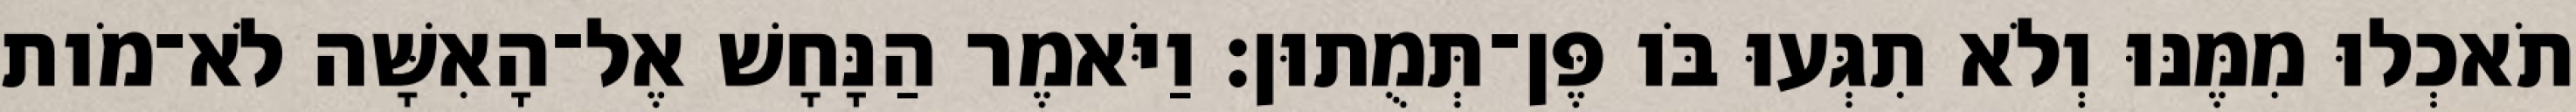
תֹאכְלוּ מִמֶּנּוּ וְלֹא תִגְּעוּ בֹּו פֶּן־תְּמֻתוּן׃ וַיֹּאמֶר הַנָּחָשׁ אֶל־הָאִשָּׁה לֹא־מֹות